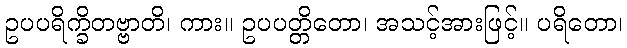
ဥပပရိက္ခိတဗ္ဗာတိ၊ ကား။ ဥပပတ္တိတော၊ အသင့်အားဖြင့်။ ပရိတော၊